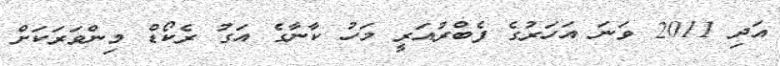
އަދި 2011 ވަނަ އަހަރުގެ ފެބްރުއަރީ މަހު ކާނާގެ އަގު ރެކޯޑް މިންވަރަކަށް